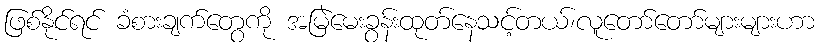
ဖြစ်နိုင်ရင် ခံစားချက်တွေကို အမြဲမေးခွန်းထုတ်နေသင့်တယ်၊လူတော်တော်များများဟာ